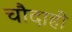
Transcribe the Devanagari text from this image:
चौदाही